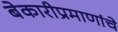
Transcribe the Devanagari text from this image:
बेकारीप्रमाणांचे